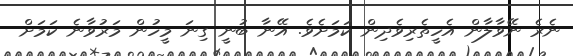
ނެރެ ނޭވާލާން އެހީތެރިވެދިން ކަމަށެވެ. އޭނާ ބުނީ ގިނަ މީހުން މަރުވާނެ ކަމަށް